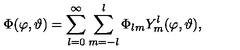
\Phi ( \varphi , \vartheta ) = \sum _ { l = 0 } ^ { \infty } \sum _ { m = - l } ^ { l } \Phi _ { l m } Y _ { m } ^ { l } ( \varphi , \vartheta ) ,